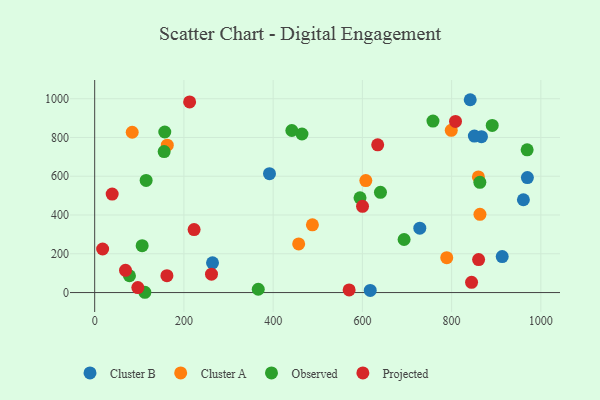
{"axis": {"x": "Speed", "y": "Demand"}, "legend": ["Cluster A", "Cluster B", "Observed", "Projected"], "data": [{"x": "969.8", "y": 593.1, "type": "Cluster B"}, {"x": "866.9", "y": 804.2, "type": "Cluster B"}, {"x": "913.4", "y": 185.6, "type": "Cluster B"}, {"x": "617.6", "y": 10.8, "type": "Cluster B"}, {"x": "851.0", "y": 807.3, "type": "Cluster B"}, {"x": "264.1", "y": 153.5, "type": "Cluster B"}, {"x": "841.7", "y": 994.8, "type": "Cluster B"}, {"x": "728.7", "y": 332.3, "type": "Cluster B"}, {"x": "391.8", "y": 613.3, "type": "Cluster B"}, {"x": "960.9", "y": 478.8, "type": "Cluster B"}, {"x": "607.7", "y": 577.5, "type": "Cluster A"}, {"x": "84.1", "y": 826.9, "type": "Cluster A"}, {"x": "789.1", "y": 180.1, "type": "Cluster A"}, {"x": "860.0", "y": 596.7, "type": "Cluster A"}, {"x": "863.5", "y": 403.4, "type": "Cluster A"}, {"x": "488.0", "y": 349.4, "type": "Cluster A"}, {"x": "799.2", "y": 836.8, "type": "Cluster A"}, {"x": "457.2", "y": 250.9, "type": "Cluster A"}, {"x": "162.7", "y": 760.2, "type": "Cluster A"}, {"x": "891.0", "y": 862.4, "type": "Observed"}, {"x": "464.6", "y": 818.0, "type": "Observed"}, {"x": "441.9", "y": 836.1, "type": "Observed"}, {"x": "112.5", "y": 1.4, "type": "Observed"}, {"x": "863.3", "y": 568.8, "type": "Observed"}, {"x": "640.5", "y": 516.9, "type": "Observed"}, {"x": "78.0", "y": 86.7, "type": "Observed"}, {"x": "969.3", "y": 736.3, "type": "Observed"}, {"x": "693.5", "y": 273.8, "type": "Observed"}, {"x": "157.1", "y": 828.3, "type": "Observed"}, {"x": "366.6", "y": 17.0, "type": "Observed"}, {"x": "106.4", "y": 241.9, "type": "Observed"}, {"x": "758.2", "y": 884.7, "type": "Observed"}, {"x": "155.7", "y": 727.5, "type": "Observed"}, {"x": "115.3", "y": 578.2, "type": "Observed"}, {"x": "594.7", "y": 488.9, "type": "Observed"}, {"x": "222.8", "y": 324.7, "type": "Projected"}, {"x": "261.8", "y": 94.8, "type": "Projected"}, {"x": "634.3", "y": 762.3, "type": "Projected"}, {"x": "570.3", "y": 13.5, "type": "Projected"}, {"x": "808.7", "y": 882.7, "type": "Projected"}, {"x": "161.9", "y": 86.9, "type": "Projected"}, {"x": "69.1", "y": 114.8, "type": "Projected"}, {"x": "600.3", "y": 444.6, "type": "Projected"}, {"x": "17.8", "y": 224.7, "type": "Projected"}, {"x": "844.7", "y": 52.9, "type": "Projected"}, {"x": "96.7", "y": 25.4, "type": "Projected"}, {"x": "39.2", "y": 508.2, "type": "Projected"}, {"x": "212.8", "y": 983.5, "type": "Projected"}, {"x": "860.5", "y": 170.1, "type": "Projected"}]}